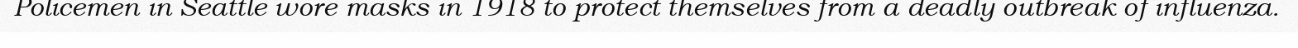
Policemen in Seattle wore masks in 1918 to protect themselves from a deadly outbreak of influenza.